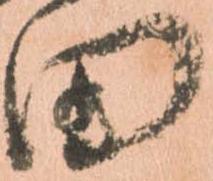
田